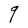
Character: q